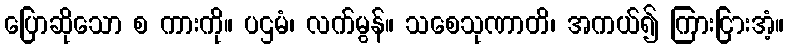
ပြောဆိုသော စ ကားကို။ ပဌမံ၊ လက်မွန်။ သစေသုဏာတိ၊ အကယ်၍ ကြားငြားအံ့။